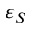
\varepsilon _ { S }